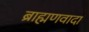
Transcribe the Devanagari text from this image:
ब्राह्मणवादा